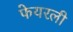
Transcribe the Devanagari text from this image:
फेयरली